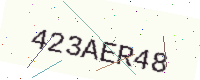
Text: 423AER48